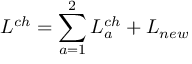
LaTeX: { \cal { L } } ^ { c h } = \sum _ { a = 1 } ^ { 2 } { \cal { L } } _ { a } ^ { c h } + { \cal { L } } _ { n e w }